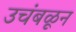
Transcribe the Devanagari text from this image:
उचंबळून